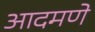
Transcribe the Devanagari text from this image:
आदमणे